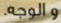
والوجه.